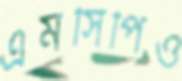
এমসিপিও